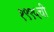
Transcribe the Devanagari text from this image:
१९९५ची